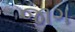
જાગ